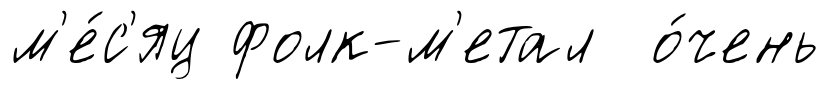
м'е́с'яц фолк-м'етал о́чень